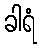
ခါရံ